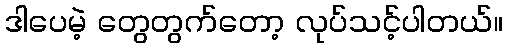
ဒါပေမဲ့ တွေတွက်တော့ လုပ်သင့်ပါတယ်။